Papers set at the Examination for Leaving Certificates, 1891
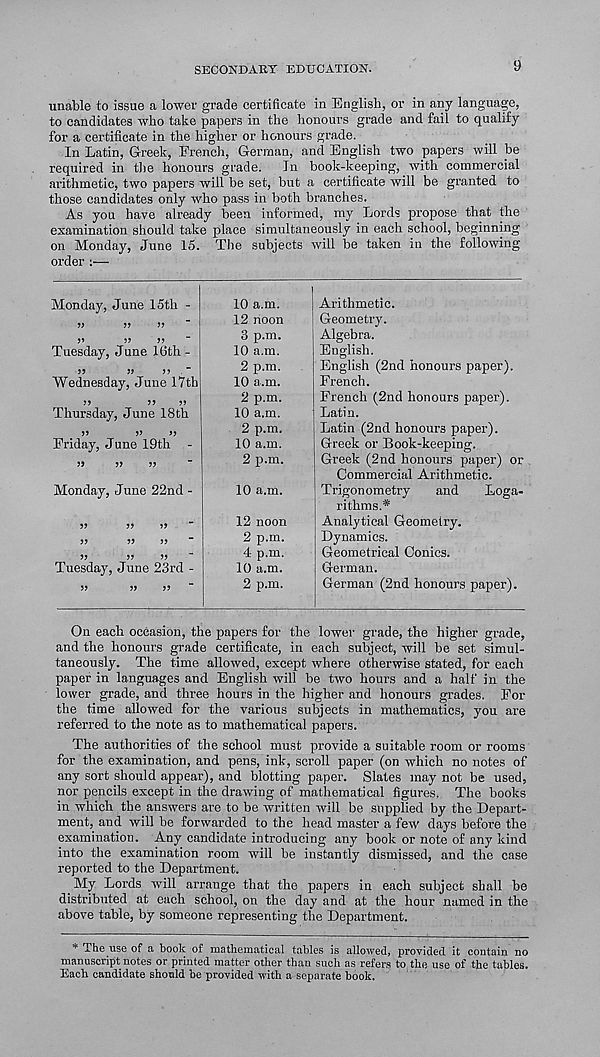
SECONDARY EDUCATION.
9
unable to issue a lower grade certificate in English, or in any language,
to candidates who take papers in the honours grade and fail to qualify
for a certificate in the higher or honours grade.
In Latin, Greek, French, German, and English two papers will be
required in the honours grade.
In book-keeping, with commercial
arithmetic, two papers will be set, but a certificate will be granted to
those candidates only who pass in both branches.
As you have already been informed, my Lords propose that the
examination should take place simultaneously in each school, beginning
on Monday, June 15. The subjects will be taken in the following
order :—
Monday, June 15th -
»
?>
»
>»
5J
Tuesday, June 16th -
J 5
JJ
"
Wednesday, June 17th
Thursday, June 18th
>)
»
>>
Friday, June 19th
»
»
»
Monday, June 22nd -
Tuesday, June 23rd -
10 a.m.
12 noon
3 p.m.
10 a.m.
2 p.m.
10 a.m.
2 p.m.
10 a.m.
2 p.m.
10 a.m.
2 p.m.
10 a.m.
12 noon
2 p.m.
4 p.m.
10 a.m.
2 p.m.
Arithmetic.
Geometry.
Algebra.
English.
English (2nd honours paper).
French.
French (2nd honours paper).
Latin.
Latin (2nd honours paper).
Greek or Book-keeping.
Greek (2nd honours paper) or
Commercial Arithmetic.
Trigonometry
and
Loga-
rithms.*
Analytical Geometry.
Dynamics.
Geometrical Conics.
German.
German (2nd honours paper).
On each occasion, the papers for the lower grade, the higher grade,
and the honours grade certificate, in each subject, will be set simul-
taneously. The time allowed, except where otherwise stated, for each
paper in languages and English will be two hours and a half in the
lower grade, and three hours in the higher and honours grades. For
the time allowed for the various subjects in mathematics, you are
referred to the note as to mathematical papers.
The authorities of the school must provide a suitable room or rooms
for the examination, and pens, ink, scroll paper (on which no notes of
any sort should appear), and blotting paper. Slates may not be used,
nor pencils except in the drawing of mathematical figures. The books
in which the answers are to be written will be supplied by the Depart-
ment, and will be forwarded to the head master a few days before the
examination. Any candidate introducing any book or note of any kind
into the examination room will be instantly dismissed, and the case
reported to the Department.
My Lords will arrange that the papers in each subject shall be
distributed at each school, on the day and at the hour named in the
above table, by someone representing the Department.
* The use of a book of mathematical tables is allowed, provided it contain no
manuscript notes or printed matter other than such as refers to the use of the tables.
Each candidate should be provided with a separate book.